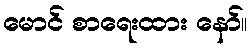
မောင် စာရေးထား နော်။